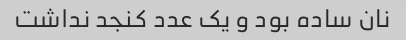
نان ساده بود و یک عدد کنجد نداشت